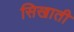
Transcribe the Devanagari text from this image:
सिखाती